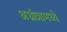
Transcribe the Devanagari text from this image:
अग्रांत्रामध्ये